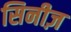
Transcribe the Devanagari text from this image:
सिनीज़